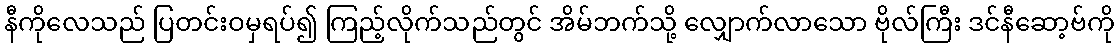
နီကိုလေသည် ပြတင်းဝမှရပ်၍ ကြည့်လိုက်သည်တွင် အိမ်ဘက်သို့ လျှောက်လာသော ဗိုလ်ကြီး ဒင်နီဆော့ဗ်ကို